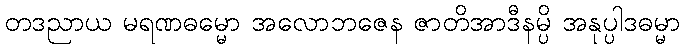
တဒညာယ မရဏဓမ္မော အလောဘဇေန ဇာတိအာဒီနမ္ပိ အနုပ္ပါဒဓမ္မာ